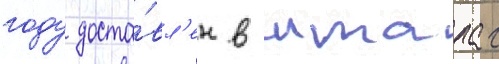
году доста́вл'ен в шталаг